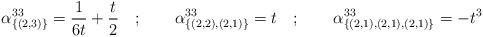
LaTeX: \begin{align*}\alpha ^{33}_{\{(2,3)\}}=\frac{1}{6t}+\frac{t}{2}\quad ;\qquad \alpha ^{33}_{\{(2,2),(2,1)\}}=t\quad ;\qquad \alpha ^{33}_{\{(2,1),(2,1),(2,1)\}}=-t^{3}\end{align*}